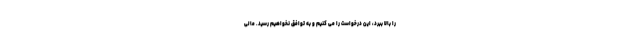
را بالا ببرد، این درخواست را می کنیم و به توافق نخواهیم رسید. مالی